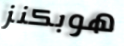
هوبكنز